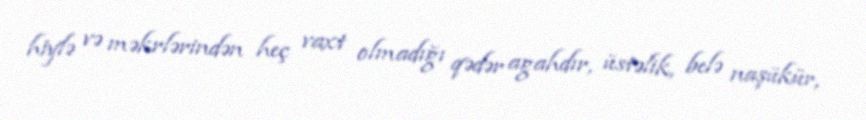
hiylə və məkrlərindən heç vaxt olmadığı qədər agahdır, üstəlik, belə naşükür,